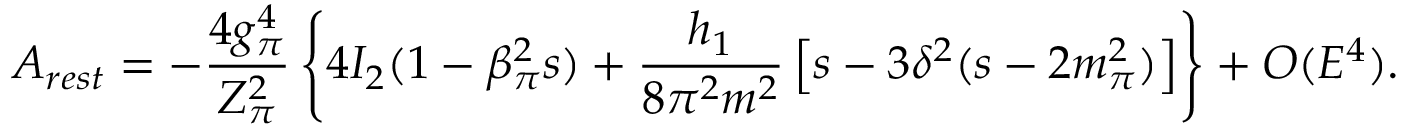
A _ { r e s t } = - \frac { 4 g _ { \pi } ^ { 4 } } { Z _ { \pi } ^ { 2 } } \left\{ 4 I _ { 2 } ( 1 - \beta _ { \pi } ^ { 2 } s ) + \frac { h _ { 1 } } { 8 \pi ^ { 2 } m ^ { 2 } } \left[ s - 3 \delta ^ { 2 } ( s - 2 m _ { \pi } ^ { 2 } ) \right] \right\} + { \cal O } ( E ^ { 4 } ) .